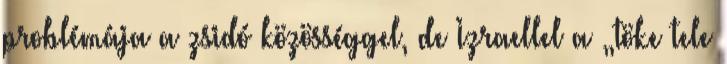
problémája a zsidó közösséggel, de Izraellel a „töke tele